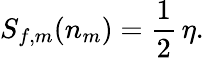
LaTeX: S_{f,m}(n_{m})={\frac{1}{2}}\, \eta.